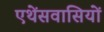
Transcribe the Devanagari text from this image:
एथेंसवासियों